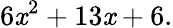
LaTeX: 6\mathit{x}^{2}+13\mathit{x}+6.